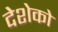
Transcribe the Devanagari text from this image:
देशेको